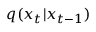
q ( x _ { t } | x _ { t - 1 } )